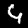
Digit: 4